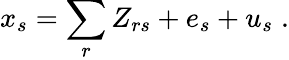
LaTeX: x_{s}=\sum_{r}Z_{rs}+e_{s}+u_{s}\; .